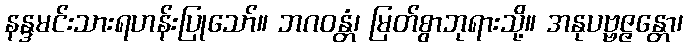
နန္ဒမင်းသားရဟန်းပြုသော်။ ဘဂဝန္တံ၊ မြတ်စွာဘုရားသို့။ အနုပဗ္ဗဇ္ဇန္တော၊